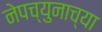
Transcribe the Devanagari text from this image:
नेपच्युनाच्या